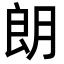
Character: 朗